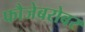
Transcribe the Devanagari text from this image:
फौजेबरोबर